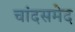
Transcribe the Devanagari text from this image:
चांदसमेद